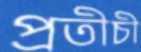
প্রতীচী